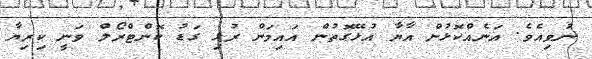
ނުވިއެވެ. އަނެއްކޮޅުން އާޔާ އުޅޭގޮތުން އައިމަން ރުޅި ގަޑު ކޮންޓްރޯލް ވަނީ ކިރިޔާ